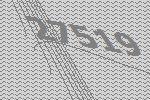
27519